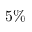
5 \%